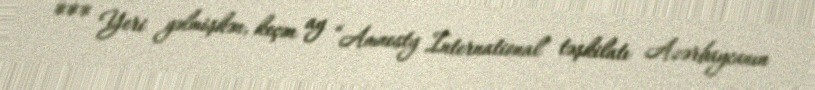
*** Yeri gəlmişkən, keçən ay “Amnesty İnternational” təşkilatı Azərbaycanın